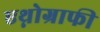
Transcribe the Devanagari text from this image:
एथ्नोग्राफी